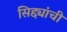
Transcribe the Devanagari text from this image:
सिद्द्यांची